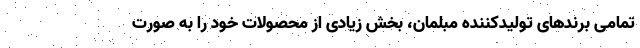
تمامی برندهای تولیدکننده مبلمان، بخش زیادی از محصولات خود را به صورت